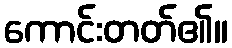
ကောင်းတတ်၏။